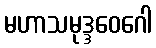
မဟာသမုဒ္ဒဝေဂေါ